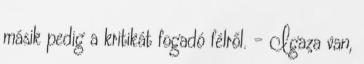
másik pedig a kritikát fogadó félről. – Igaza van,